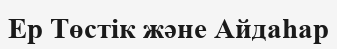
Ер Төстік және Айдаһар